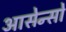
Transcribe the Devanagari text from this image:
आसेन्सो